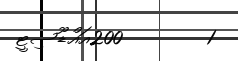
1        200އައްޑޫސިޓީ